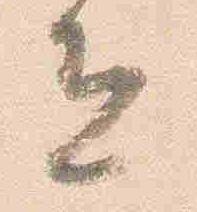
色